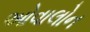
ઓવાલોન